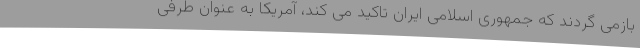
بازمی گردند که جمهوری اسلامی ایران تاکید می کند، آمریکا به عنوان طرفی